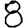
Digit: 8